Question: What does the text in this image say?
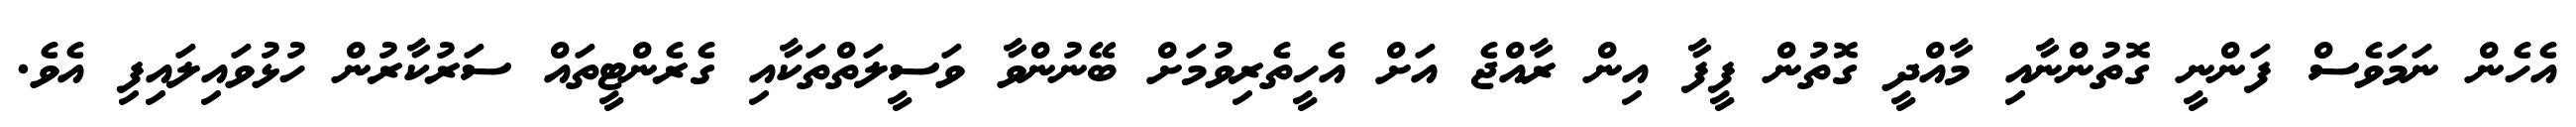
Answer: އެހެން ނަމަވެސް ފަންނީ ގޮތުންނާއި މާއްދީ ގޮތުން ފީފާ އިން ރާއްޖެ އަށް އެހީތެރިވުމަށް ބޭނުންވާ ވަސީލަތްތަކާއި ގެރެންޓީތައް ސަރުކާރުން ހުޅުވައިލައިފި އެވެ.